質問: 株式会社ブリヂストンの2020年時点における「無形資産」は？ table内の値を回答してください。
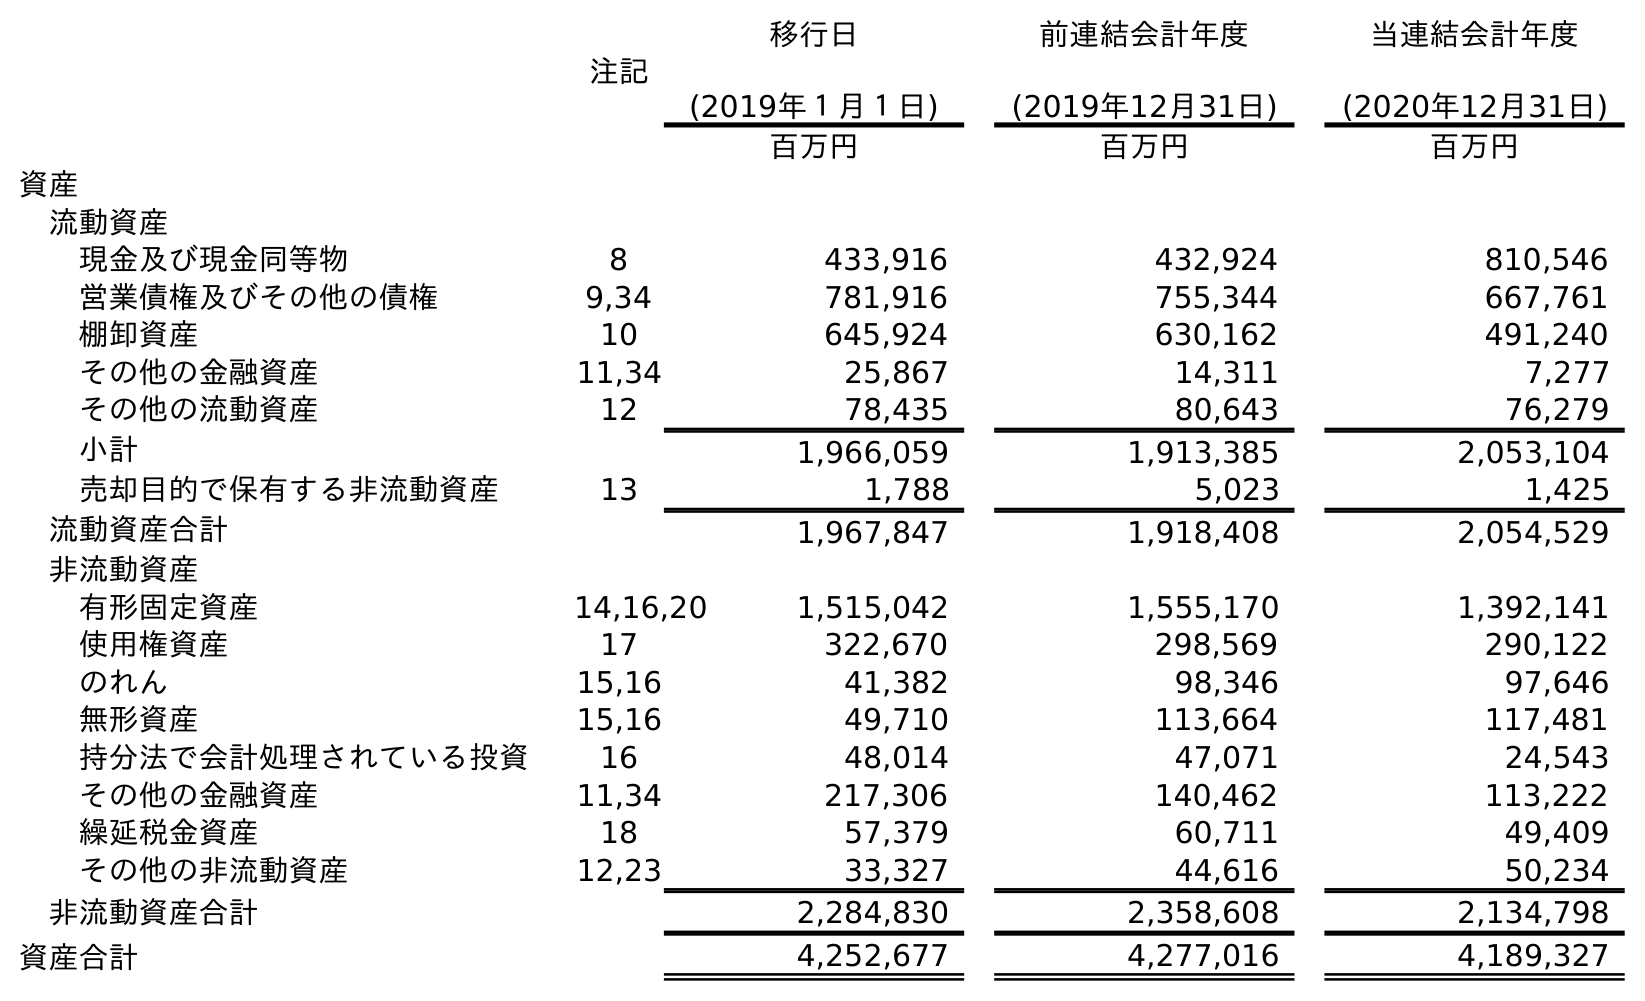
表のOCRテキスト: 注記 移行日 (2019年１月１日) 前連結会計年度 (2019年12月31日) 当連結会計年度 (2020年12月31日) 百万円 百万円 百万円 資産 流動資産 現金及び現金同等物 8 433,916 432,924 810,546 営業債権及びその他の債権 9,34 781,916 755,344 667,761 棚卸資産 10 645,924 630,162 491,240 その他の金融資産 11,34 25,867 14,311 7,277 その他の流動資産 12 78,435 80,643 76,279 小計 1,966,059 1,913,385 2,053,104 売却目的で保有する非流動資産 13 1,788 5,023 1,425 流動資産合計 1,967,847 1,918,408 2,054,529 非流動資産 有形固定資産 14,16,20 1,515,042 1,555,170 1,392,141 使用権資産 17 322,670 298,569 290,122 のれん 15,16 41,382 98,346 97,646 無形資産 15,16 49,710 113,664 117,481 持分法で会計処理されている投資 16 48,014 47,071 24,543 その他の金融資産 11,34 217,306 140,462 113,222 繰延税金資産 18 57,379 60,711 49,409 その他の非流動資産 12,23 33,327 44,616 50,234 非流動資産合計 2,284,830 2,358,608 2,134,798 資産合計 4,252,677 4,277,016 4,189,327
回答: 117,481